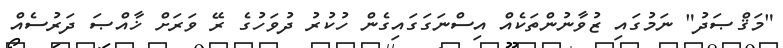
"މަޤްޞަދު" ނަމުގައި ޒުވާނުންތަކެއް އިސްނަގަގައިގެން ހުކުރު ދުވަހުގެ ރޭ ވަރަށް ޚާއްޞަ ދަރުސެއް